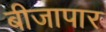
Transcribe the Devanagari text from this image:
बीजापार